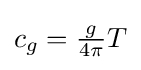
c_{g}={\tfrac {g}{4\pi }}T